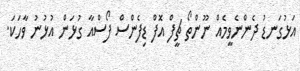
އަޅުގަނޑު ދެންނެވީމެއް ނޫންތޯ ޗީފް އޮފް ޑިފެންސް ފޯސްއާ ގުޅަން އުޅުނު ވާހަކަ.